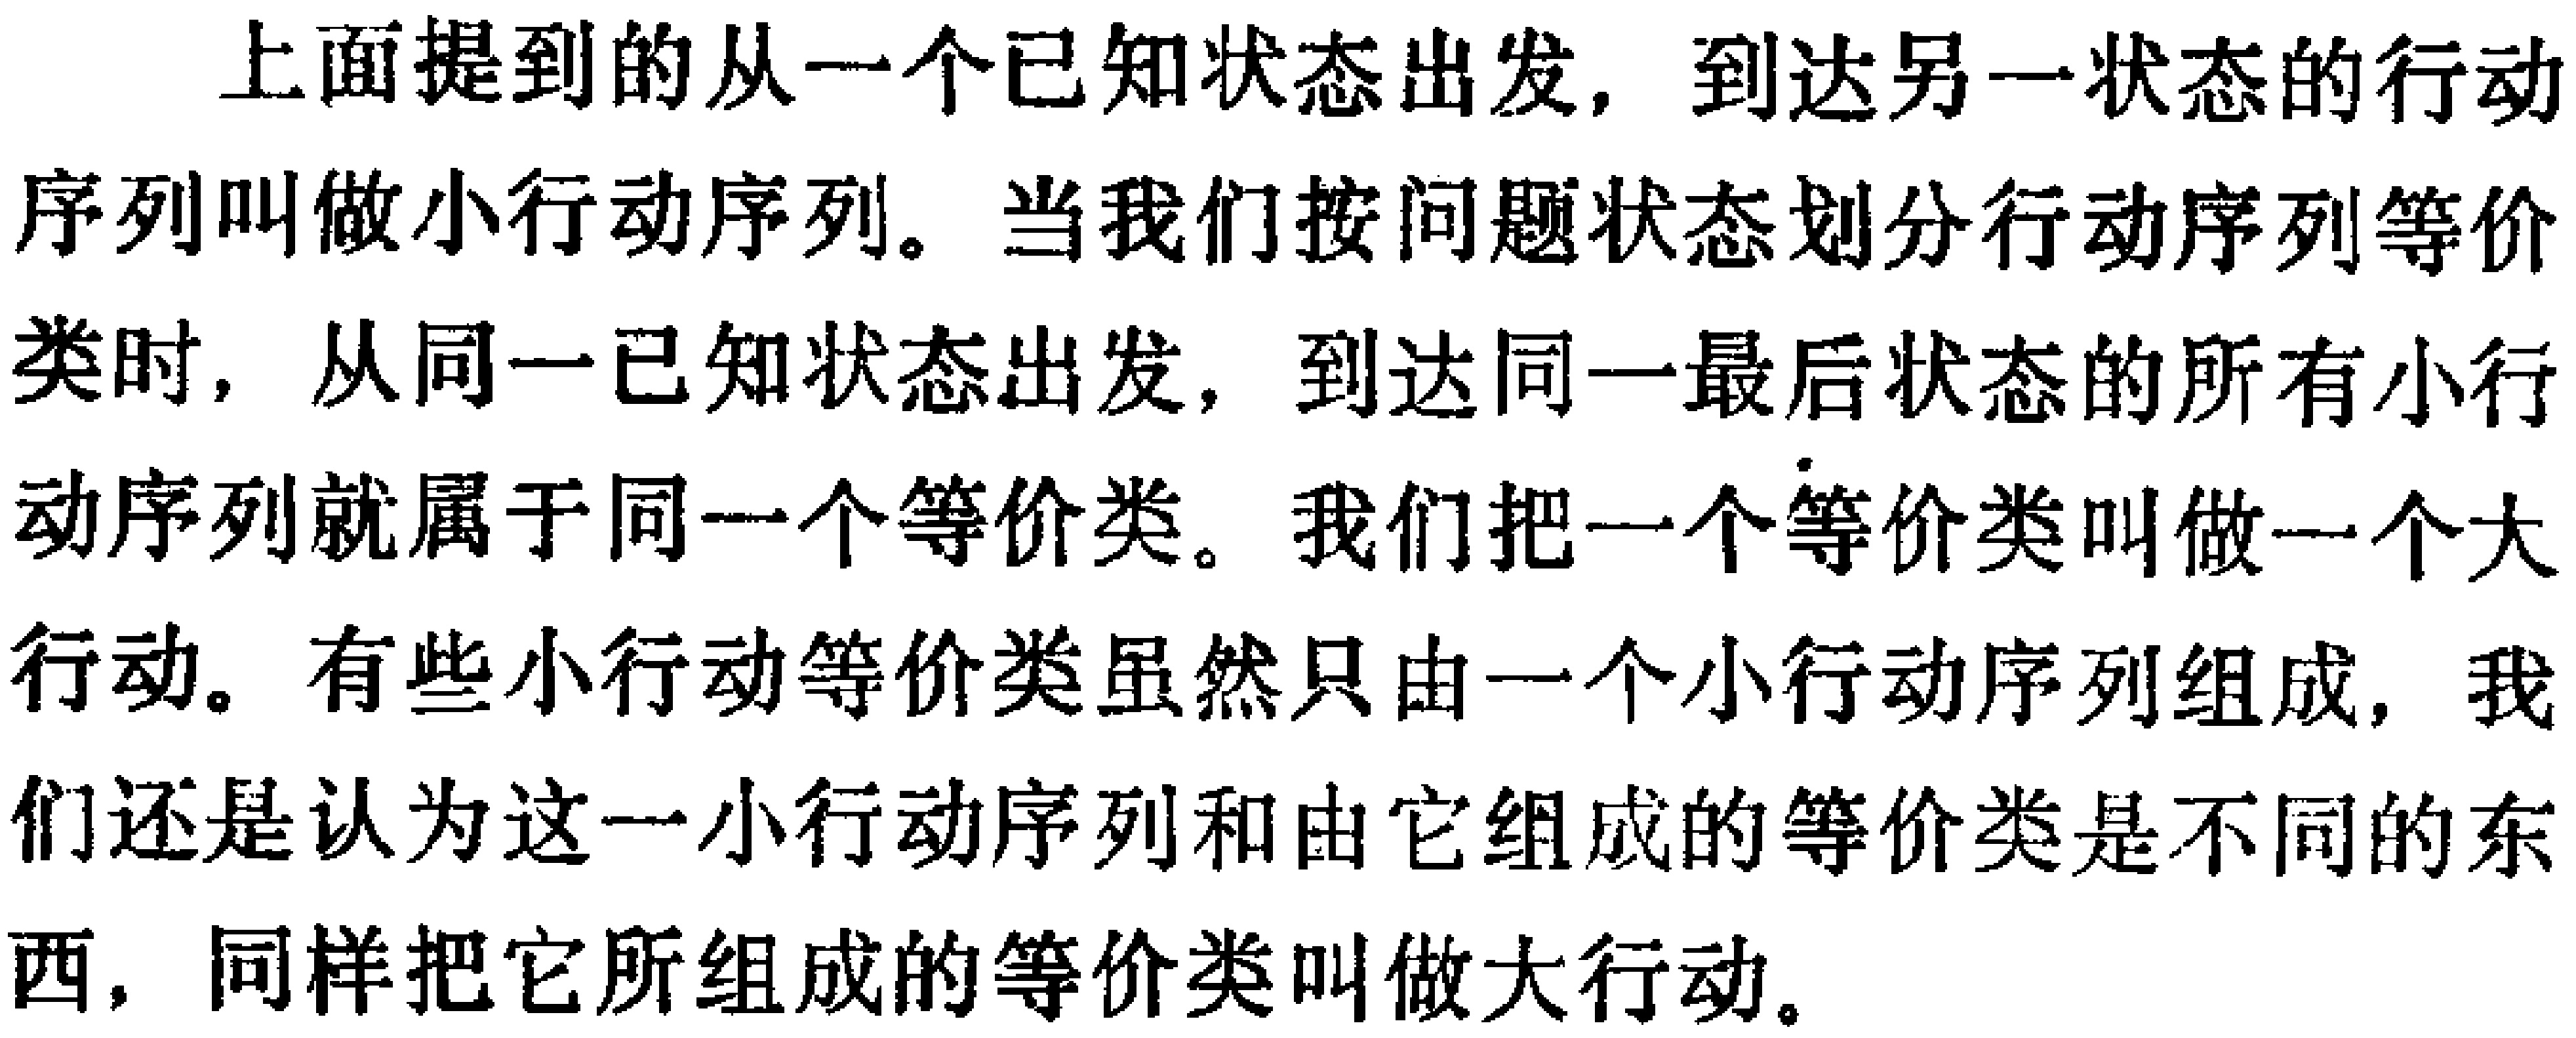
上面提到的从一个已知状态出发，到达另一状态的行动序列叫做小行动序列。当我们按问题状态划分行动序列等价类时，从同一已知状态出发，到达同一最后状态的所有小行动序列就属于同一个等价类。我们把一个等价类叫做一个大行动。有些小行动等价类虽然只由一个小行动序列组成，我们还是认为这一小行动序列和由它组成的等价类是不同的东西，同样把它所组成的等价类叫做大行动。